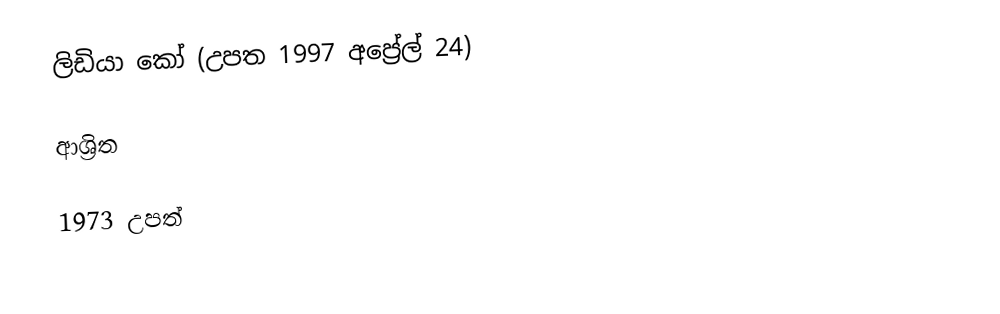
ලිඩියා කෝ (උපත 1997 අප්‍රේල් 24)

ආශ්‍රිත

1973 උපත්